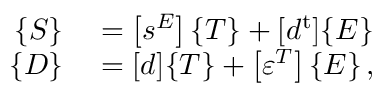
\begin{array} { r l } { \{ S \} } & { { } = \left[ s ^ { E } \right] \{ T \} + [ d ^ { \mathrm { t } } ] \{ E \} } \\ { \{ D \} } & { { } = [ d ] \{ T \} + \left[ \varepsilon ^ { T } \right] \{ E \} \, , } \end{array}